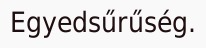
Egyedsűrűség.